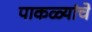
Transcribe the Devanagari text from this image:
पाकळ्यांचे